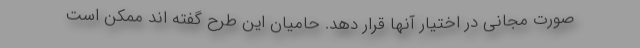
صورت مجانی در اختیار آنها قرار دهد. حامیان این طرح گفته اند ممکن است